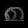
Digit: ၈